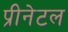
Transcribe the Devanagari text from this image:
प्रीनेटल